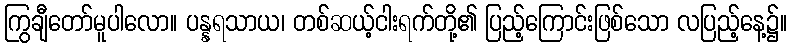
ကြွချီတော်မူပါလော။ ပန္နရသာယ၊ တစ်ဆယ့်ငါးရက်တို့၏ ပြည့်ကြောင်းဖြစ်သော လပြည့်နေ့၌။